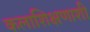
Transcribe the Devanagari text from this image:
कलाशिक्षणाशी